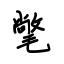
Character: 氅